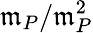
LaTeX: {\mathfrak{m}}_{P}/{\mathfrak{m}}_{P}^{2}